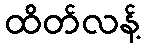
ထိတ်လန့်